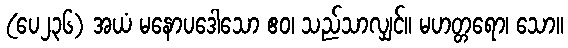
(ပေ၂၃၆) အယံ မနောပဒေါသော ဧဝ၊ သည်သာလျှင်။ မဟတ္တရော၊ သော။